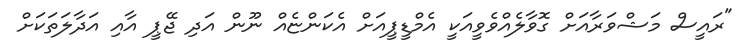
"ރައީސް މަޝްވަރާއަށް ގޮވާލެއްވެވީއަކީ އެމްޑީޕީއަށް އެކަންޏެއް ނޫން އަދި ޖޭޕީ އާއި އަދާލަތަކަށް